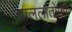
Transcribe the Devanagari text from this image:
चाललातोफा